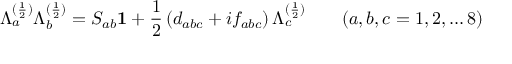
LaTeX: \Lambda _ { a } ^ { ( \frac { 1 } { 2 } ) } \Lambda _ { b } ^ { ( \frac { 1 } { 2 } ) } = S _ { a b } { \bf 1 } + \frac { 1 } { 2 } \, ( d _ { a b c } + i f _ { a b c } ) \, \Lambda _ { c } ^ { ( \frac { 1 } { 2 } ) } \quad \quad ( a , b , c = 1 , 2 , \dots 8 )